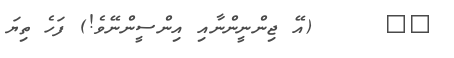
٣٠     (އޭ ޖިންނީންނާއި އިންސީންނޭވެ!) ފަހެ ތިޔަ